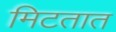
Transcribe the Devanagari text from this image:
मिटतात